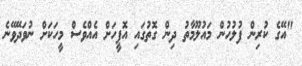
"އޭގެ ކުރިން ފުލުުހުން މައުލޫމާތު ދިން ގޮތުގައި އޮފީހަށް އެއްވެސް މީހަކަށް ނުވަދޭވޭނެ